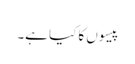
پیسوں کا کیا ہے۔